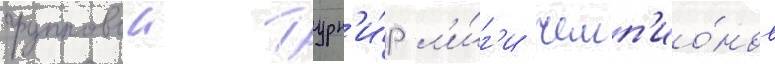
групповои турн'и́р л'и́г'и чемп'ио́нов